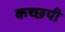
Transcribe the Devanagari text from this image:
कच्छपी